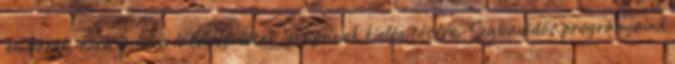
emberek, ezen belül a látássérültek igényeinek kielégítésére. Szabadidős programjaink